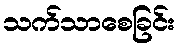
သက်သာစေခြင်း